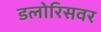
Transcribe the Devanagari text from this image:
डलोरिसवर